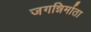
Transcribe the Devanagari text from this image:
जगन्निर्माता